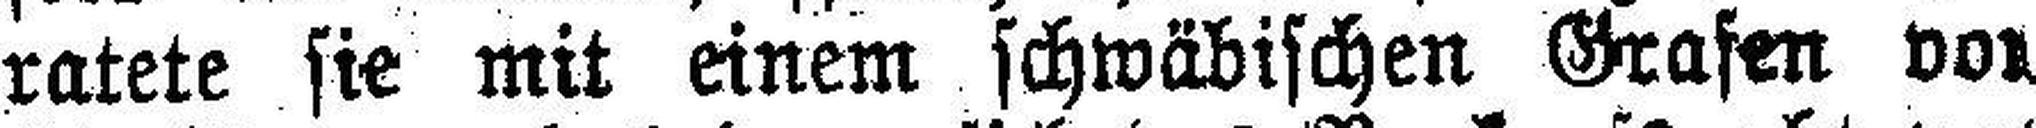
ratete sie mit einem schwäbischen Grafen vor